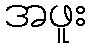
အဖူး